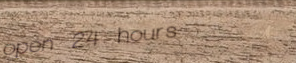
open 24 hours